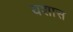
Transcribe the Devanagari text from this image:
यशास